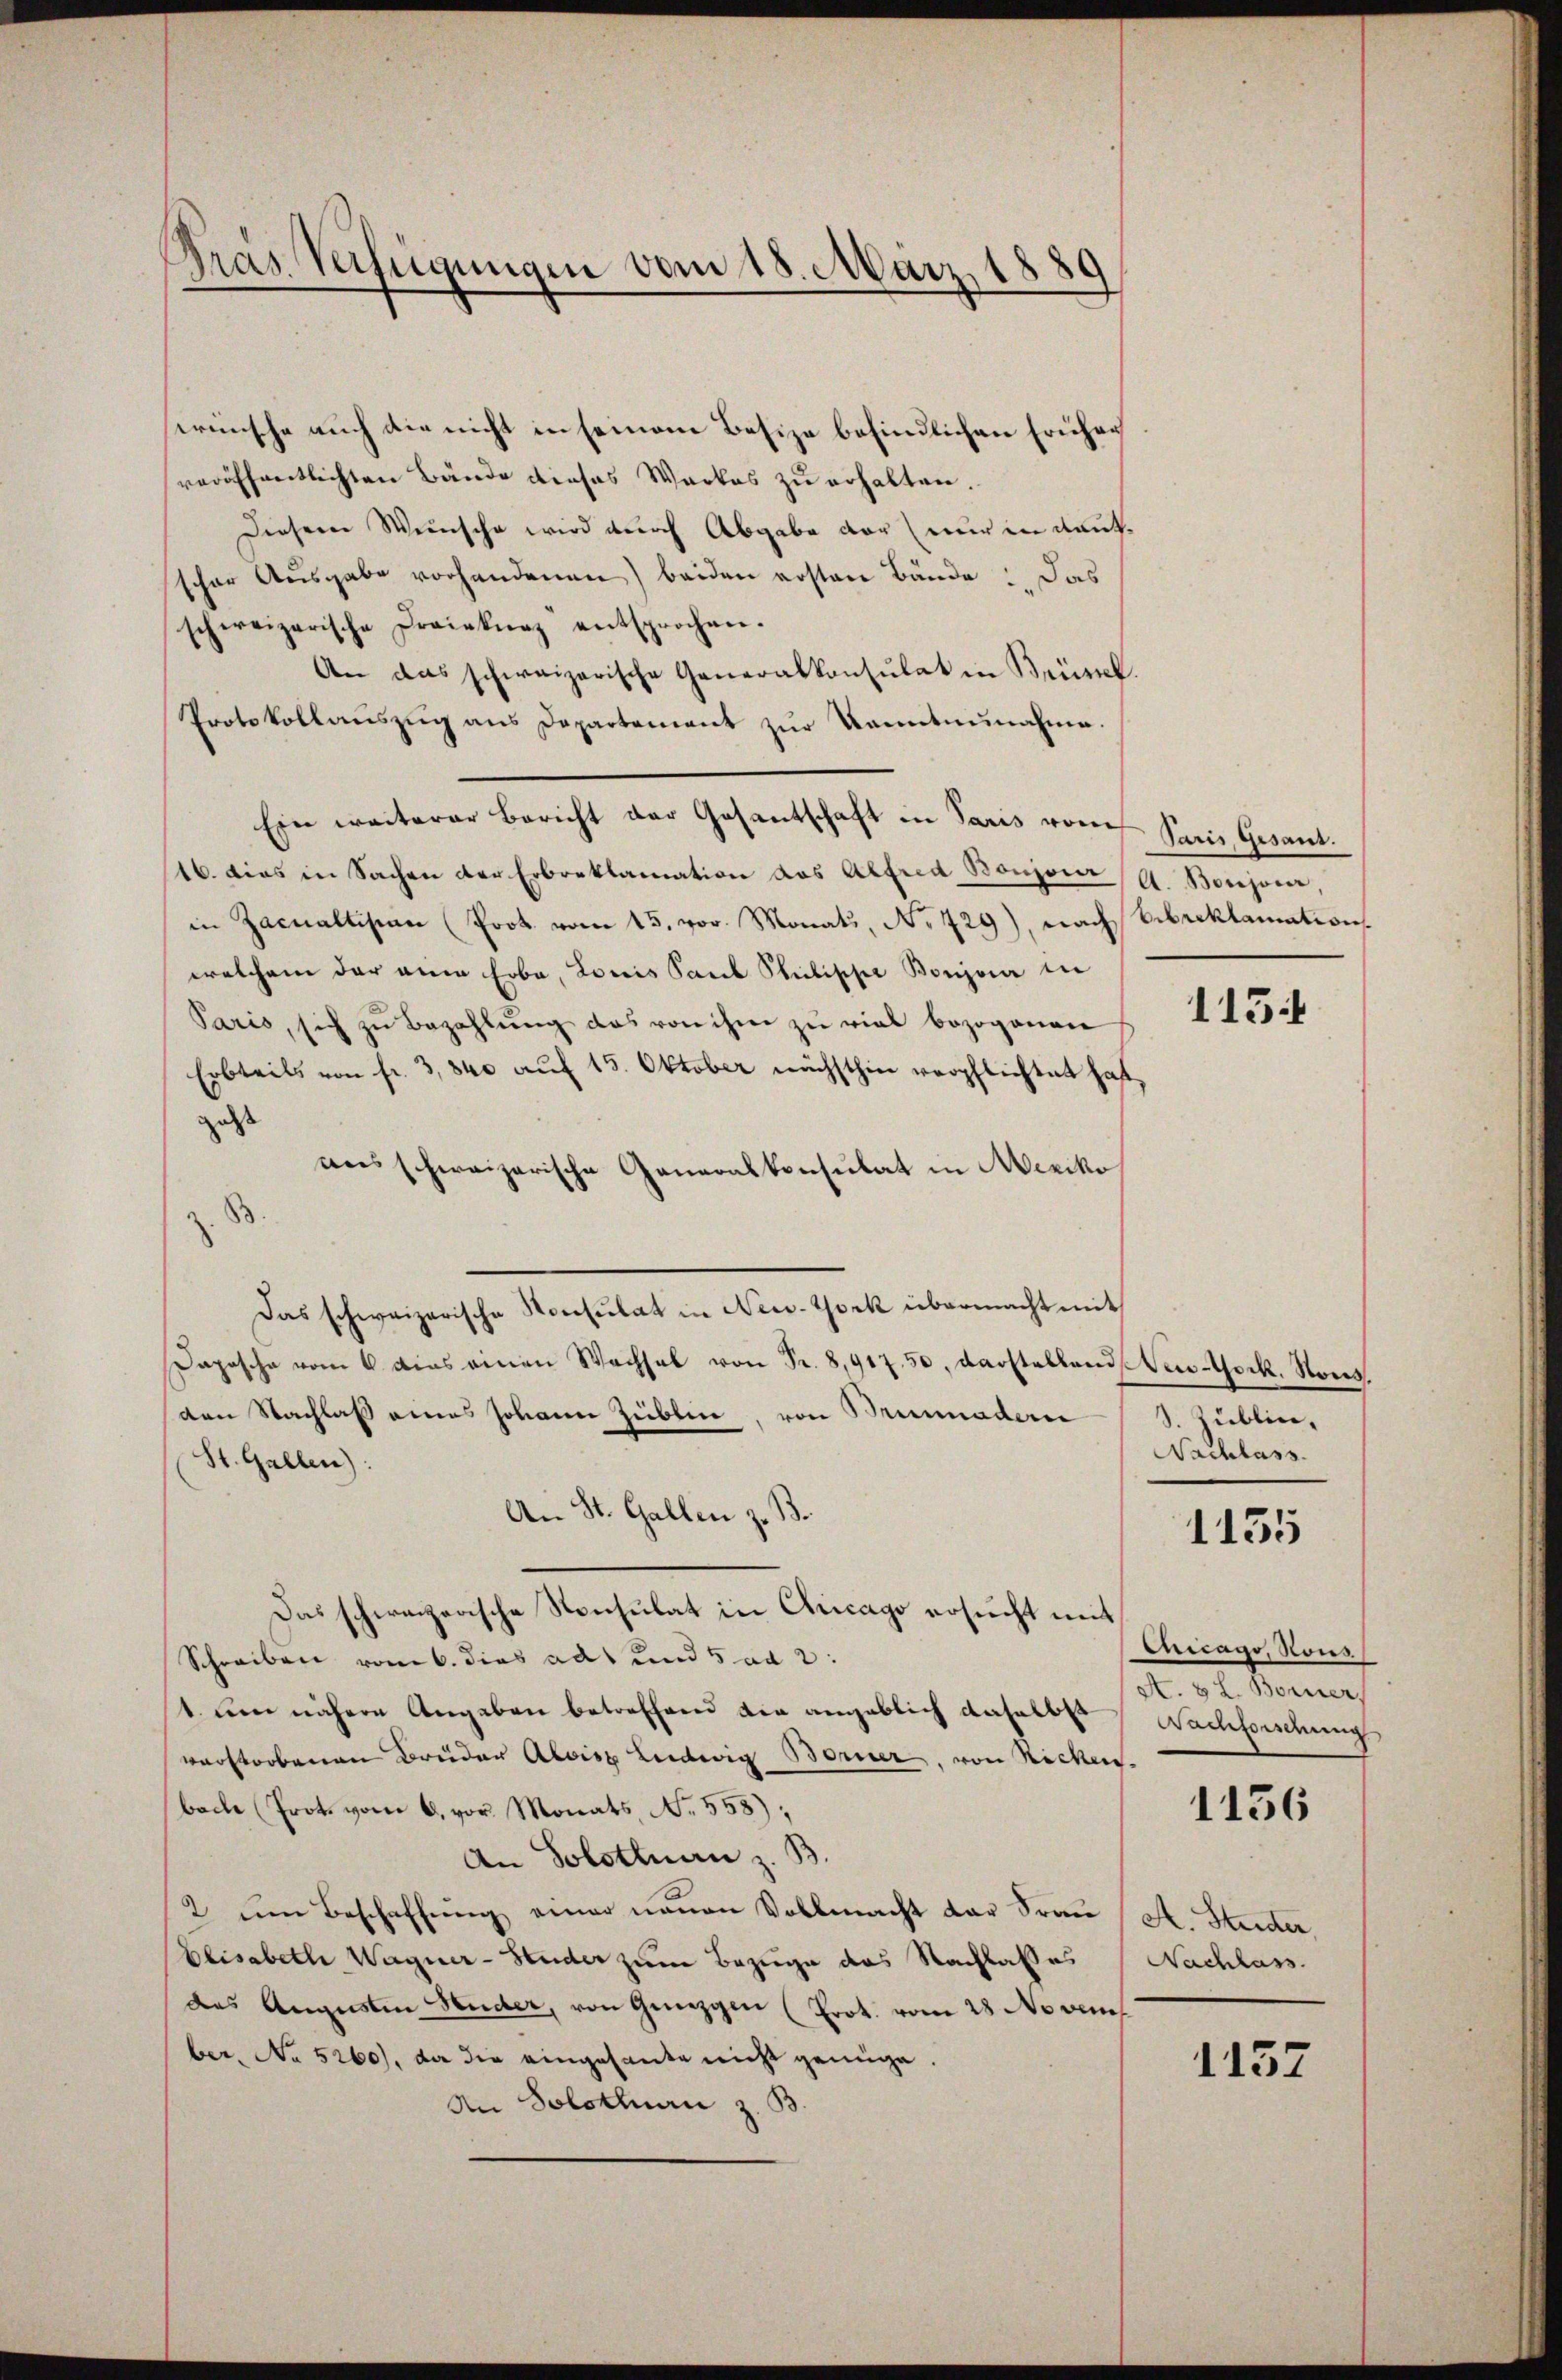
Gras Verfügungen vom 18. März 1881

wünsche auch die nicht in seinem Besize befindlichen Früher
veröffentlichten Bände dieses Werkes zu erhalten.
Diesem Weinsche wird durch Abgabe der nur in Rautscher Ausgabe vorhandenen) beiden ersten Bände u. das
schereizerische Draikurz entsprochen.
An das schweizerische Generalkonsulat in Brüssel
Protokollaŭszŭg ans Departement zŭr Kenntnŭnahme.
Ein weiterer Bericht der Gesantschaft in Paris von Paris Gesant.
16. dies in Sachen der Erbreklamation das Alfred Bonzona (A. Bonzona,
in Zacnallision (Prot. vom 15. vor. Monats, No 729), nach Erbreklamation
welchem der eine Erbe, Loris Paul Philischer Boujour in
Paris, sich zŭ bezahlŭng das von ihm zŭ viel bezogenen
Erbteils von fr. 3840 auf 15. Oktober nächsthin verpflichtet hat,
geht
rens schweizerische Generalkonsulat in Mexiko
Das schweizerische Konsulat in New-York übermacht mit
Daposche vom 6. dies einen Wachsel von Fr. 8,917. 50, darstellend New-Yock. Nores,
den Nachlaß eines Johann Züblin, von Brunnader (S. Zublin,
St. Gallen):
An St. Gallen z. B.
Das schweizerische Konsulat in Chicago ersucht mit
Schreiben vom 6. dies ad und 5 ad 2:
t. um nähere Angaben betreffend die angeblich daselbst Nachforschung
verstorbenen Brüder Alois Ludwig Berner, von Nicken.
bache Prote vom 6. vor. Monats No. 558),
An Solothuan z. B.
2 um Beschaffŭng einer neŭen Vollmacht der Frau A. Stunder
Elisabeth Wagner-Studer zum Bezuge das Nachlasses Nachlass
des Augusten Heider, von Günzgen (Prot. vom 28 Novem
ber, No 5260), da die eingesante nicht genüge.
An Solothuan z. B.

115.

Nachlass

1135

Chicago, Nous
A. 8 L. Borner,

1156

1137